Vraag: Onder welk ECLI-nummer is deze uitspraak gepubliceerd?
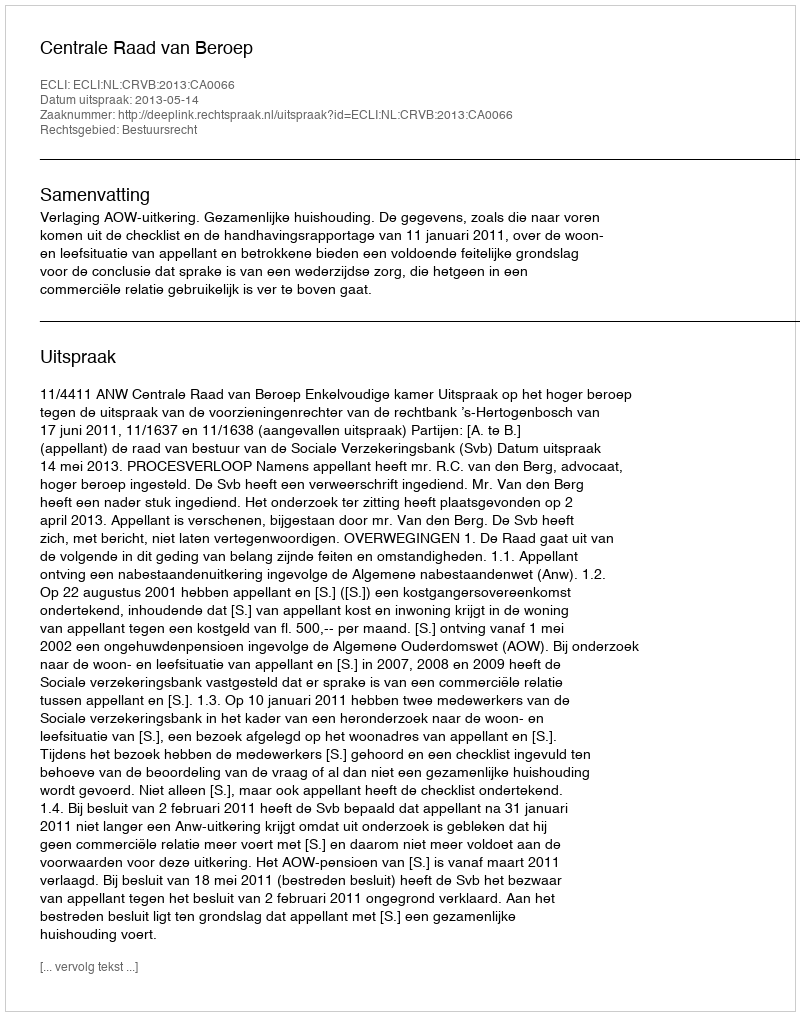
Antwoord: ECLI:NL:CRVB:2013:CA0066